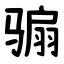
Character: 骟